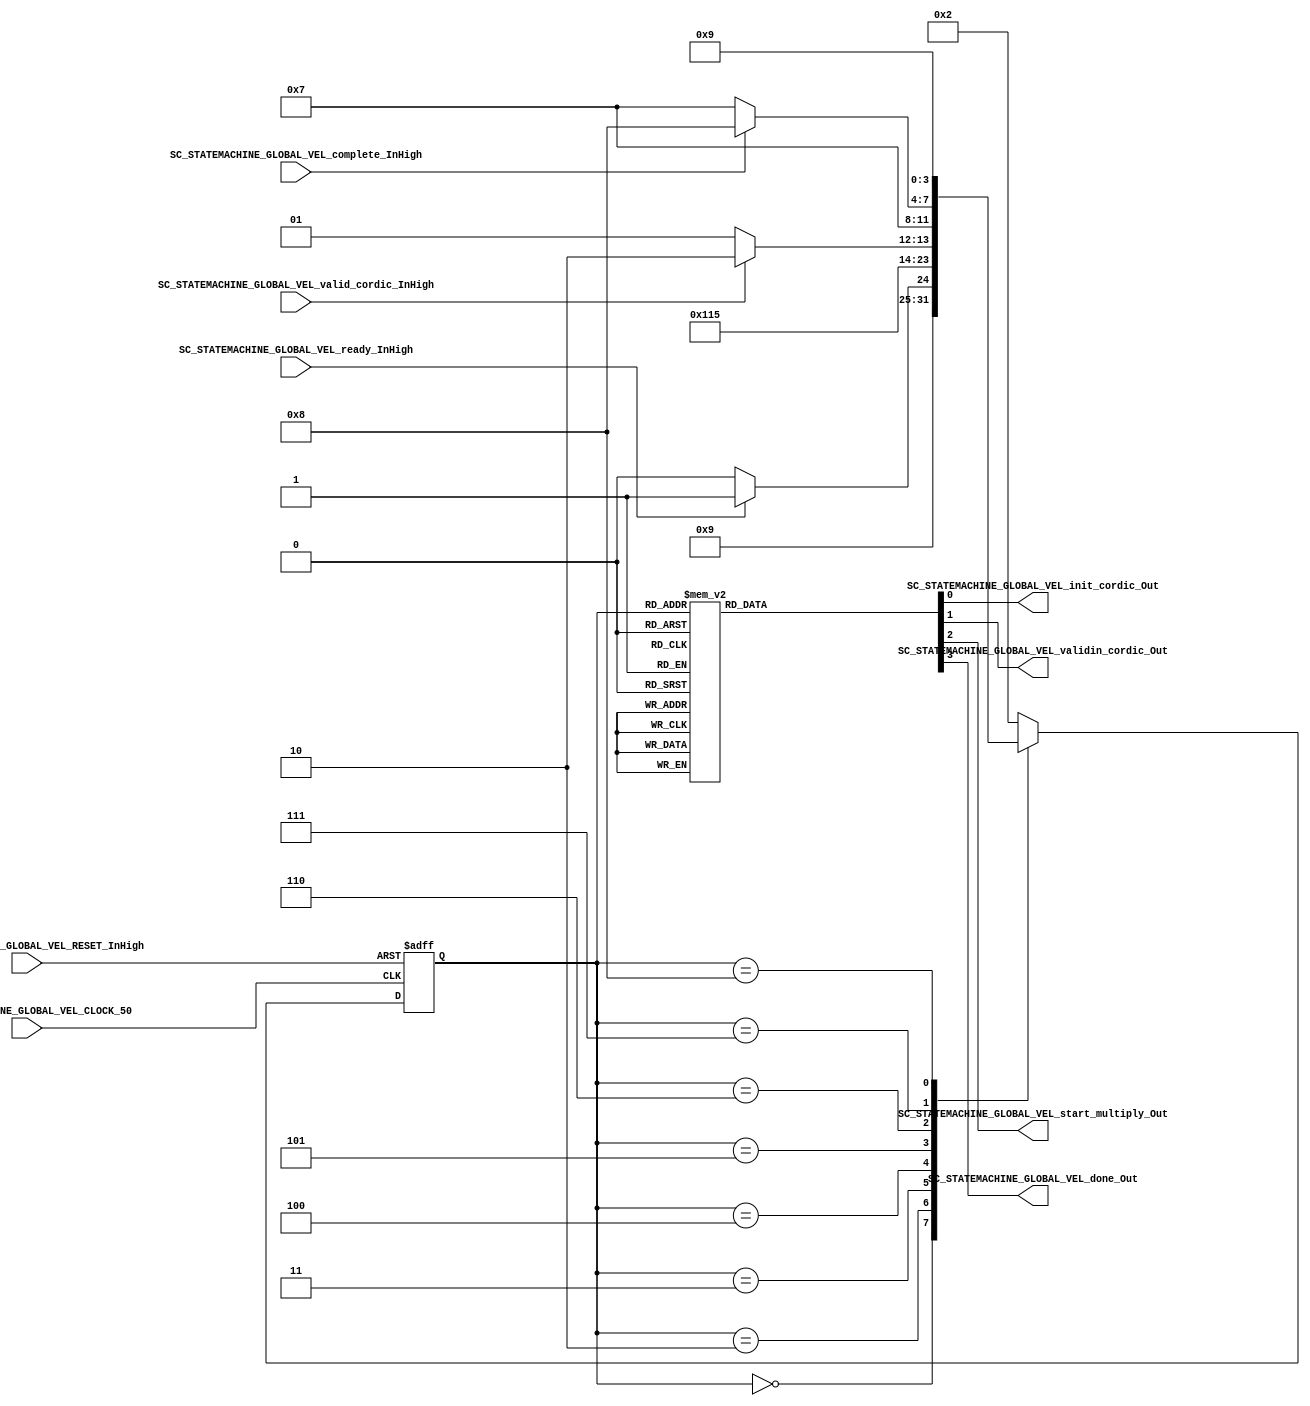
///*######################################################################
//#	G0B1T: HDL EXAMPLES. 2018.
//######################################################################
//# Copyright (C) 2018. F.E.Segura-Quijano (FES) fsegura@uniandes.edu.co
//# 
//# This program is free software: you can redistribute it and/or modify
//# it under the terms of the GNU General Public License as published by
//# the Free Software Foundation, version 3 of the License.
//#
//# This program is distributed in the hope that it will be useful,
//# but WITHOUT ANY WARRANTY; without even the implied warranty of
//# MERCHANTABILITY or FITNESS FOR A PARTICULAR PURPOSE.  See the
//# GNU General Public License for more details.
//#
//# You should have received a copy of the GNU General Public License
//# along with this program.  If not, see <http://www.gnu.org/licenses/>
//####################################################################*/
//=======================================================
//  MODULE Definition
//=======================================================
module SC_STATEMACHINE_GLOBAL_VEL (

	//////////// INPUTS //////////
	SC_STATEMACHINE_GLOBAL_VEL_CLOCK_50,
	SC_STATEMACHINE_GLOBAL_VEL_RESET_InHigh,
	SC_STATEMACHINE_GLOBAL_VEL_ready_InHigh,
	SC_STATEMACHINE_GLOBAL_VEL_valid_cordic_InHigh,
	SC_STATEMACHINE_GLOBAL_VEL_complete_InHigh,
	//////////// OUTPUTS //////////
	SC_STATEMACHINE_GLOBAL_VEL_init_cordic_Out,
	SC_STATEMACHINE_GLOBAL_VEL_validin_cordic_Out,
	SC_STATEMACHINE_GLOBAL_VEL_start_multiply_Out,
	SC_STATEMACHINE_GLOBAL_VEL_done_Out
	
);	

//=======================================================
//  PARAMETER declarations
//=======================================================
// states declaration
localparam STATE_RESET_0									= 0;
localparam STATE_START_0									= 1;
localparam STATE_CHECK_0									= 2;
localparam STATE_INIT_CORDIC_0							= 3;
localparam STATE_VALID_CORDIC_0							= 4;
localparam STATE_VALID_CORDIC_1							= 5;
localparam STATE_START_MULT_0								= 6; 
localparam STATE_START_MULT_1								= 7;
localparam STATE_DONE_0										= 8;
localparam STATE_DONE_1										= 9;

//=======================================================
//  PORT declarations
//=======================================================
input	SC_STATEMACHINE_GLOBAL_VEL_CLOCK_50;
input	SC_STATEMACHINE_GLOBAL_VEL_RESET_InHigh;
input SC_STATEMACHINE_GLOBAL_VEL_ready_InHigh;
input	SC_STATEMACHINE_GLOBAL_VEL_valid_cordic_InHigh;
input	SC_STATEMACHINE_GLOBAL_VEL_complete_InHigh;

output reg	SC_STATEMACHINE_GLOBAL_VEL_init_cordic_Out;
output reg	SC_STATEMACHINE_GLOBAL_VEL_validin_cordic_Out;
output reg	SC_STATEMACHINE_GLOBAL_VEL_start_multiply_Out;
output reg  SC_STATEMACHINE_GLOBAL_VEL_done_Out;

//=======================================================
//  REG/WIRE declarations
//=======================================================
reg [3:0] STATE_Register;
reg [3:0] STATE_Signal;

//=======================================================
//  STRUCTURAL coding
//=======================================================
//INPUT LOGIC: COMBINATIONAL
// NEXT STATE LOGIC : COMBINATIONAL
always @(*)
begin
	case (STATE_Register)
		STATE_RESET_0: STATE_Signal = STATE_START_0;
		
		STATE_START_0: STATE_Signal = STATE_CHECK_0;
		
		STATE_CHECK_0: if (SC_STATEMACHINE_GLOBAL_VEL_ready_InHigh == 1'b1) STATE_Signal = STATE_INIT_CORDIC_0;
							else STATE_Signal = STATE_CHECK_0;
		
		STATE_INIT_CORDIC_0: STATE_Signal = STATE_VALID_CORDIC_0;
		
		STATE_VALID_CORDIC_0: STATE_Signal = STATE_VALID_CORDIC_1;
		STATE_VALID_CORDIC_1: if (SC_STATEMACHINE_GLOBAL_VEL_valid_cordic_InHigh == 1'b1) STATE_Signal = STATE_START_MULT_0;
									 else STATE_Signal = STATE_VALID_CORDIC_1;
		
		STATE_START_MULT_0: 	STATE_Signal = STATE_START_MULT_1;
		STATE_START_MULT_1: 	if (SC_STATEMACHINE_GLOBAL_VEL_complete_InHigh == 1'b1) STATE_Signal = STATE_DONE_0;
									else STATE_Signal = STATE_START_MULT_1;
		
		STATE_DONE_0: STATE_Signal = STATE_DONE_1;
		STATE_DONE_1: STATE_Signal = STATE_CHECK_0;
				
		default: 	STATE_Signal = STATE_CHECK_0;
	endcase
end

// STATE REGISTER : SEQUENTIAL
always @ ( posedge SC_STATEMACHINE_GLOBAL_VEL_CLOCK_50 , posedge SC_STATEMACHINE_GLOBAL_VEL_RESET_InHigh)
begin
	if (SC_STATEMACHINE_GLOBAL_VEL_RESET_InHigh == 1'b1)
		STATE_Register <= STATE_RESET_0;
	else
		STATE_Register <= STATE_Signal;
end

//=======================================================
//  Outputs
//=======================================================
// OUTPUT LOGIC : COMBINATIONAL
always @ (*)
begin
	case (STATE_Register)

	STATE_RESET_0 :	
		begin
			SC_STATEMACHINE_GLOBAL_VEL_init_cordic_Out = 1'b0;
			SC_STATEMACHINE_GLOBAL_VEL_validin_cordic_Out = 1'b0;
			SC_STATEMACHINE_GLOBAL_VEL_start_multiply_Out = 1'b0;
			SC_STATEMACHINE_GLOBAL_VEL_done_Out = 1'b0;
		end

	STATE_START_0 :	
		begin
			SC_STATEMACHINE_GLOBAL_VEL_init_cordic_Out = 1'b0;
			SC_STATEMACHINE_GLOBAL_VEL_validin_cordic_Out = 1'b0;
			SC_STATEMACHINE_GLOBAL_VEL_start_multiply_Out = 1'b0;
			SC_STATEMACHINE_GLOBAL_VEL_done_Out = 1'b0;
		end

	STATE_CHECK_0 :
		begin
			SC_STATEMACHINE_GLOBAL_VEL_init_cordic_Out = 1'b0;
			SC_STATEMACHINE_GLOBAL_VEL_validin_cordic_Out = 1'b0;
			SC_STATEMACHINE_GLOBAL_VEL_start_multiply_Out = 1'b0;
			SC_STATEMACHINE_GLOBAL_VEL_done_Out = 1'b0;
		end
		
	STATE_INIT_CORDIC_0 :
		begin
			SC_STATEMACHINE_GLOBAL_VEL_init_cordic_Out = 1'b1;
			SC_STATEMACHINE_GLOBAL_VEL_validin_cordic_Out = 1'b0;
			SC_STATEMACHINE_GLOBAL_VEL_start_multiply_Out = 1'b0;
			SC_STATEMACHINE_GLOBAL_VEL_done_Out = 1'b0;
		end

	STATE_VALID_CORDIC_0 :
		begin
			SC_STATEMACHINE_GLOBAL_VEL_init_cordic_Out = 1'b0;
			SC_STATEMACHINE_GLOBAL_VEL_validin_cordic_Out = 1'b1;
			SC_STATEMACHINE_GLOBAL_VEL_start_multiply_Out = 1'b0;
			SC_STATEMACHINE_GLOBAL_VEL_done_Out = 1'b0;
		end	
	
	STATE_VALID_CORDIC_1 :
		begin
			SC_STATEMACHINE_GLOBAL_VEL_init_cordic_Out = 1'b0;
			SC_STATEMACHINE_GLOBAL_VEL_validin_cordic_Out = 1'b0;
			SC_STATEMACHINE_GLOBAL_VEL_start_multiply_Out = 1'b0;
			SC_STATEMACHINE_GLOBAL_VEL_done_Out = 1'b0;
		end
	
	STATE_START_MULT_0 :
		begin
			SC_STATEMACHINE_GLOBAL_VEL_init_cordic_Out = 1'b0;
			SC_STATEMACHINE_GLOBAL_VEL_validin_cordic_Out = 1'b0;
			SC_STATEMACHINE_GLOBAL_VEL_start_multiply_Out = 1'b1;
			SC_STATEMACHINE_GLOBAL_VEL_done_Out = 1'b0;
		end
		
	STATE_START_MULT_1 :
		begin
			SC_STATEMACHINE_GLOBAL_VEL_init_cordic_Out = 1'b0;
			SC_STATEMACHINE_GLOBAL_VEL_validin_cordic_Out = 1'b0;
			SC_STATEMACHINE_GLOBAL_VEL_start_multiply_Out = 1'b0;
			SC_STATEMACHINE_GLOBAL_VEL_done_Out = 1'b0;
		end
		
	STATE_DONE_0 :
		begin
			SC_STATEMACHINE_GLOBAL_VEL_init_cordic_Out = 1'b0;
			SC_STATEMACHINE_GLOBAL_VEL_validin_cordic_Out = 1'b0;
			SC_STATEMACHINE_GLOBAL_VEL_start_multiply_Out = 1'b0;
			SC_STATEMACHINE_GLOBAL_VEL_done_Out = 1'b0;
		end	
	
	STATE_DONE_1 :
		begin
			SC_STATEMACHINE_GLOBAL_VEL_init_cordic_Out = 1'b0;
			SC_STATEMACHINE_GLOBAL_VEL_validin_cordic_Out = 1'b0;
			SC_STATEMACHINE_GLOBAL_VEL_start_multiply_Out = 1'b0;
			SC_STATEMACHINE_GLOBAL_VEL_done_Out = 1'b1;
		end	
			
//=========================================================
// DEFAULT
//=========================================================
	default :
		begin
			SC_STATEMACHINE_GLOBAL_VEL_init_cordic_Out = 1'b0;
			SC_STATEMACHINE_GLOBAL_VEL_validin_cordic_Out = 1'b0;
			SC_STATEMACHINE_GLOBAL_VEL_start_multiply_Out = 1'b0;
			SC_STATEMACHINE_GLOBAL_VEL_done_Out = 1'b0;
		end
	endcase
end
endmodule